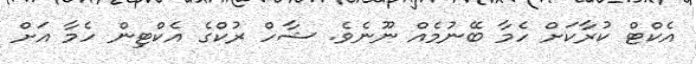
އެކްޓް ކުރާކަށް ހެމާ ބޭނުމެއް ނޫނެވެ. ޝާހް ރުކްގެ އެކްޓިން ހެމާ އަށް